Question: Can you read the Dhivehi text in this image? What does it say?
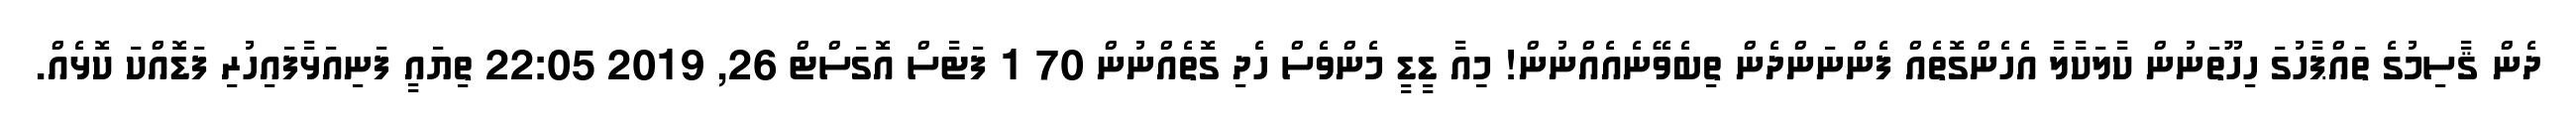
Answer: ދެން ޤާސިމުގެ ތައްޕާހުގަ ހިހޫތަނުން ކާލަކާލާ އެހެންގޮތެއް ފެންނަންދެން ތިބެވޭނެއެއްނުން! މިިިއާ ޑީޑީ މެންވެސް ހެދި ގޮތެއްނުން 70 1 ފަޓާސް އޮގަސްޓް 26, 2019 22:05 ތިޔައީ ފަނިއަޅާފައިހުރި ފަޑޮއްކަ ކޮޅެއް.